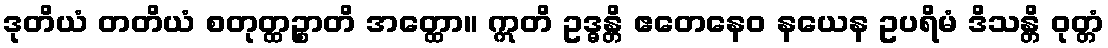
ဒုတိယံ တတိယံ စတုတ္ထဉ္စာတိ အတ္ထော။ ဣတိ ဥဒ္ဓန္တိ ဧတေနေဝ နယေန ဥပရိမံ ဒိသန္တိ ဝုတ္တံ